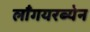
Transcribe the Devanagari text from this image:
लाँगयरब्येन